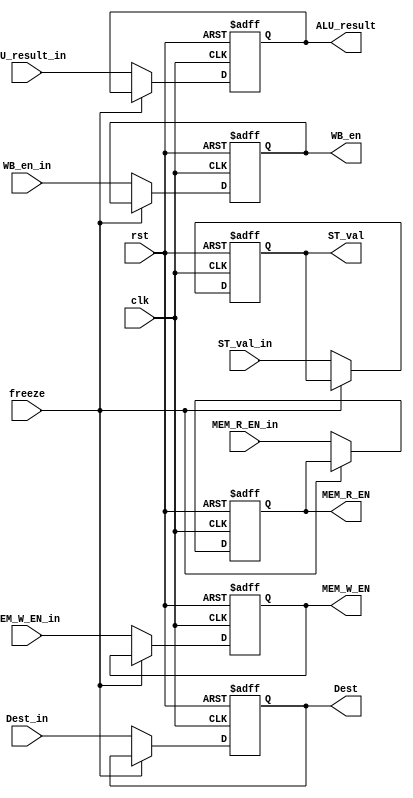
////////////////////////////////////////////////////////////////////////////////
//                              ARM Architecture:	                    		      //	
// 		                      Execution Stage Register		                         //
// Revision by:Amirmahdi Joudi							                                         //
////////////////////////////////////////////////////////////////////////////////

module EXE_Stage_Reg(
  input clk, rst, freeze, WB_en_in, MEM_R_EN_in, MEM_W_EN_in,
  input [31:0] ALU_result_in, ST_val_in,
  input [3:0] Dest_in,
  output reg WB_en, MEM_R_EN, MEM_W_EN,
  output reg [31:0] ALU_result, ST_val,
  output reg[3:0]Dest
);
  
  always@(posedge clk , posedge rst)
  begin
    if (rst == 1'b1) begin
      WB_en <= 1'b0;
      MEM_R_EN <= 1'b0;
      MEM_W_EN <= 1'b0;
      ALU_result <= 32'b0;
      ST_val <= 32'b0;
      Dest <= 4'b0;
    end
    else if(freeze == 1'b0) begin
      WB_en <= WB_en_in;
      MEM_R_EN <= MEM_R_EN_in;
      MEM_W_EN <= MEM_W_EN_in;
      ALU_result <= ALU_result_in;
      ST_val <= ST_val_in;
      Dest <= Dest_in;
    end 
  end
  
endmodule